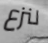
لنزع